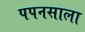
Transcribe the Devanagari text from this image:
पपनसाला